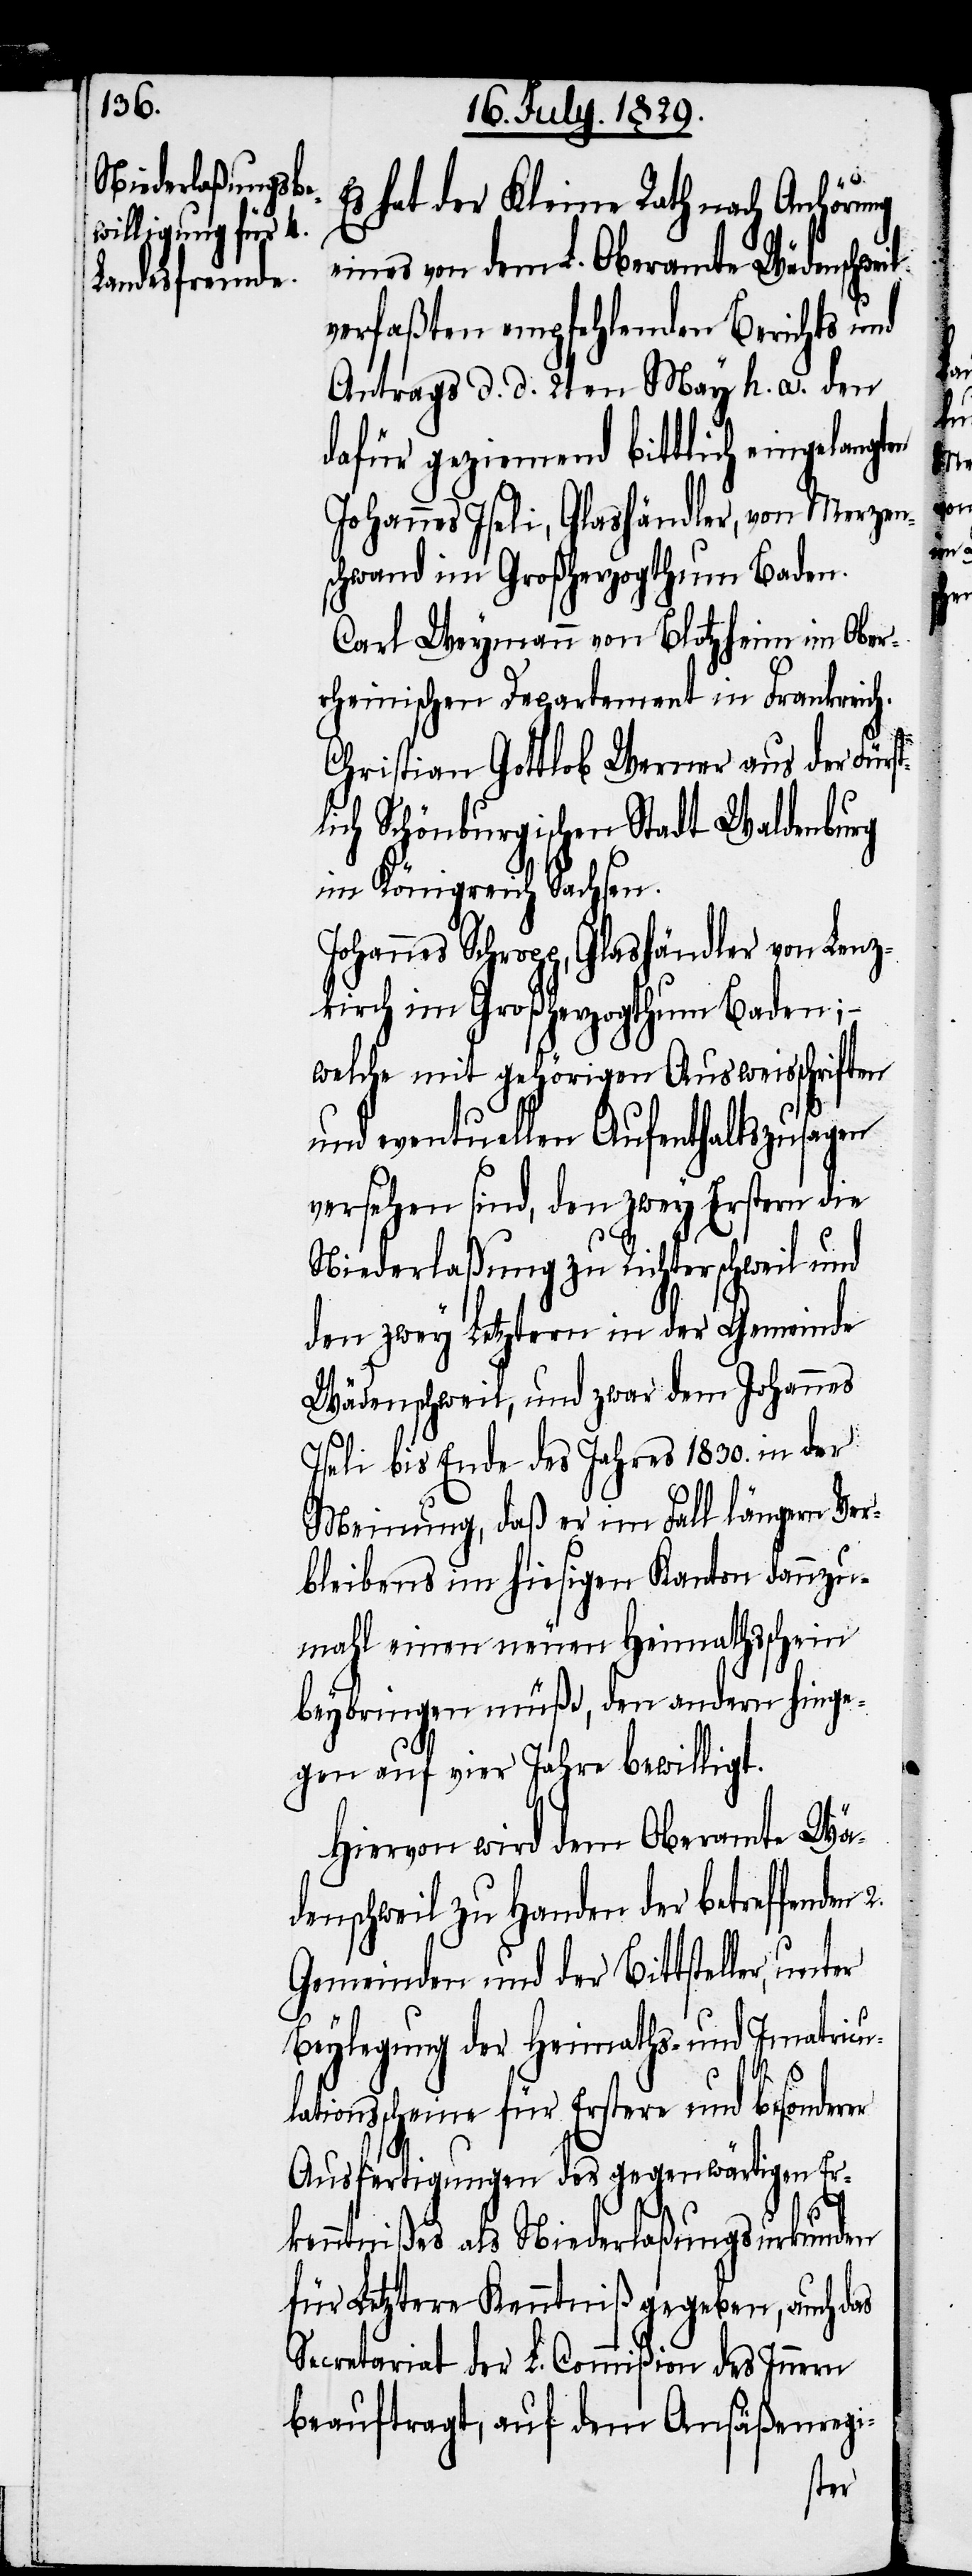
Es hat der Kleine Rath nach Anhörung
eines von dem L. Oberamte Wädenschweil
verfaßten empfehlenden Berichts und
Antrags d. d. 2ten May h. a. den
dafür geziemend bittlich eingelangt¬
Johannes Iseli, Glashändler, von Merzen¬
schwand im Großherzogthum Baden.
Carl Weymann von Blotzheim im Ober¬
rheinischen Departement in Frankreich.
Christian Gottlob Werner aus der Fürs¬
lich Schönburgischen Stadt Waldenburg
im Königreich Sachsen.
Johannes Schopp, Glashändler von Lenz¬
kirch im Großherzogthum Baden; –
welche mit gehörigen Ausweisschriften
und eventuellen Aufenthaltszusagen
versehen sind, den zwey Erstern die
Niederlaßung zu Richterschweil und
den zwey Letztern in der Gemeinde
Wädenschweil, und zwar dem Johannes
Iseli bis Ende des Jahres 1830. in der
Meinung, daß er im Fall längern Ver¬
bleibens im hiesigen Kanton dannzu¬
mahl einen neuen Heimathschein
beybringen müße, den andern hinge¬
gen auf vier Jahre bewilligt.
Hiervon wird dem Oberamte Wä¬
denschweil zu Handen der betreffenden
Gemeinden und der Bittsteller,
Beylegung der Heimaths- und Imatricu¬
tionsscheine für Erstere und besonder¬
Ausfertigungen des gegenwärtigen Er¬
kenntnißes als Niederlaßungsurkunde
für Letzere Kenntniß gegeben, auch das
Secretariat der L. Commißion des Innern
beauftragt, auf dem Ansäßenregi-

er
unter